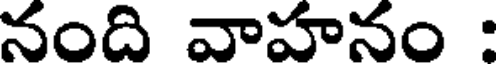
నంది వాహనం :